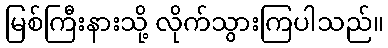
မြစ်ကြီးနားသို့ လိုက်သွားကြပါသည်။